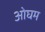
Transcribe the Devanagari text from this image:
ओघम